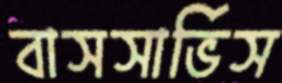
বাসসার্ভিস